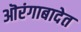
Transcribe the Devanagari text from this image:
ऒरंगाबादेत